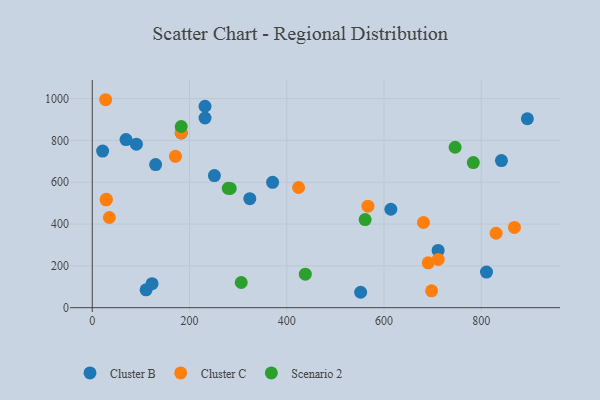
{"axis": {"x": "Ad Spend", "y": "Yield"}, "legend": ["Cluster B", "Cluster C", "Scenario 2"], "data": [{"x": "110.7", "y": 85.5, "type": "Cluster B"}, {"x": "123.0", "y": 115.0, "type": "Cluster B"}, {"x": "231.9", "y": 907.3, "type": "Cluster B"}, {"x": "552.0", "y": 73.7, "type": "Cluster B"}, {"x": "324.0", "y": 521.4, "type": "Cluster B"}, {"x": "130.3", "y": 684.7, "type": "Cluster B"}, {"x": "810.8", "y": 170.3, "type": "Cluster B"}, {"x": "69.4", "y": 804.0, "type": "Cluster B"}, {"x": "231.9", "y": 963.6, "type": "Cluster B"}, {"x": "21.3", "y": 749.2, "type": "Cluster B"}, {"x": "614.1", "y": 470.9, "type": "Cluster B"}, {"x": "841.6", "y": 703.7, "type": "Cluster B"}, {"x": "370.9", "y": 599.6, "type": "Cluster B"}, {"x": "251.2", "y": 631.9, "type": "Cluster B"}, {"x": "183.0", "y": 835.8, "type": "Cluster B"}, {"x": "894.9", "y": 903.8, "type": "Cluster B"}, {"x": "711.3", "y": 273.7, "type": "Cluster B"}, {"x": "90.7", "y": 781.9, "type": "Cluster B"}, {"x": "567.0", "y": 485.3, "type": "Cluster C"}, {"x": "35.2", "y": 431.4, "type": "Cluster C"}, {"x": "711.5", "y": 230.7, "type": "Cluster C"}, {"x": "697.9", "y": 80.8, "type": "Cluster C"}, {"x": "182.7", "y": 836.9, "type": "Cluster C"}, {"x": "27.5", "y": 994.7, "type": "Cluster C"}, {"x": "171.1", "y": 724.2, "type": "Cluster C"}, {"x": "691.0", "y": 214.5, "type": "Cluster C"}, {"x": "830.6", "y": 356.0, "type": "Cluster C"}, {"x": "868.3", "y": 383.7, "type": "Cluster C"}, {"x": "424.3", "y": 574.9, "type": "Cluster C"}, {"x": "28.9", "y": 518.6, "type": "Cluster C"}, {"x": "28.5", "y": 515.9, "type": "Cluster C"}, {"x": "681.2", "y": 407.5, "type": "Cluster C"}, {"x": "438.2", "y": 160.1, "type": "Scenario 2"}, {"x": "746.3", "y": 767.3, "type": "Scenario 2"}, {"x": "183.0", "y": 866.6, "type": "Scenario 2"}, {"x": "783.7", "y": 693.9, "type": "Scenario 2"}, {"x": "561.2", "y": 421.2, "type": "Scenario 2"}, {"x": "283.7", "y": 570.2, "type": "Scenario 2"}, {"x": "279.7", "y": 571.0, "type": "Scenario 2"}, {"x": "306.4", "y": 120.4, "type": "Scenario 2"}]}